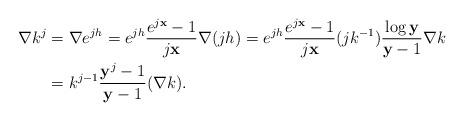
LaTeX: \begin{align*} \nabla k^j &= \nabla e^{jh} = e^{jh}\frac{e^{j\mathbf x}-1 }{j\mathbf x} \nabla (jh) = e^{jh} \frac{e^{j\mathbf x}-1 }{j\mathbf x} (j k^{-1}) \frac{\log \mathbf y}{ \mathbf y-1} \nabla k \\&= k^{j-1 }\frac{\mathbf y^j-1}{\mathbf y-1} (\nabla k). \end{align*}